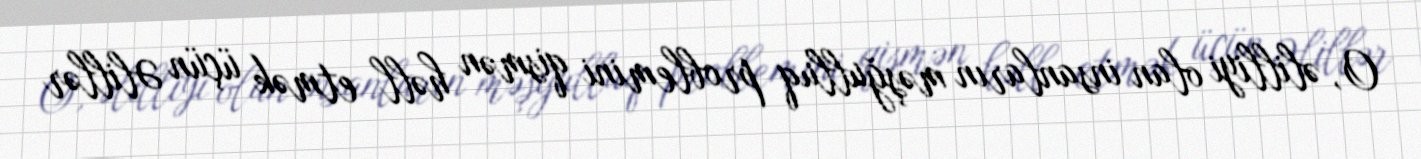
O, əlilliyi olan insanların məşğulluq problemini qismən həll etmək üçün Əlillər